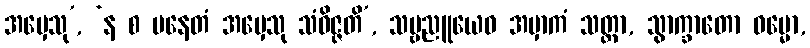
အမှေသု’, ‘န စ ပနေတံ အမှေသု သံဝိဇ္ဇတိ’, သဗ္ဗညူယေဝ အမှာကံ သတ္ထာ, သွာက္ခာတော ဓမ္မော,